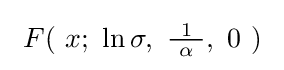
\ F(\ x;\ \ln \sigma ,\ {\tfrac {1}{\ \alpha \ }},\ 0\ )~